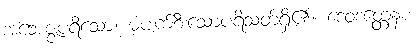
အဘေဇ္ဇပရိသော၊ မပျက်စီးသောပရိသတ်ရှိ၏။ ဒေဝဒတ္တေနစ၊